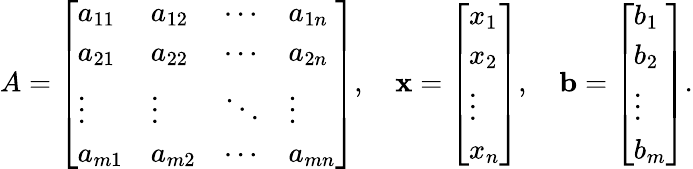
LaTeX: A={\left[\begin{array}{llll}{a_{11}}&{a_{12}}&{\cdots}&{a_{1n}}\\ {a_{21}}&{a_{22}}&{\cdots}&{a_{2n}}\\ {\vdots}&{\vdots}&{\ddots}&{\vdots}\\ {a_{m1}}&{a_{m2}}&{\cdots}&{a_{mn}}\end{array}\right]},\quad\mathbf{x}={\left[\begin{array}{l}{x_{1}}\\ {x_{2}}\\ {\vdots}\\ {x_{n}}\end{array}\right]},\quad\mathbf{b}={\left[\begin{array}{l}{b_{1}}\\ {b_{2}}\\ {\vdots}\\ {b_{m}}\end{array}\right]}.